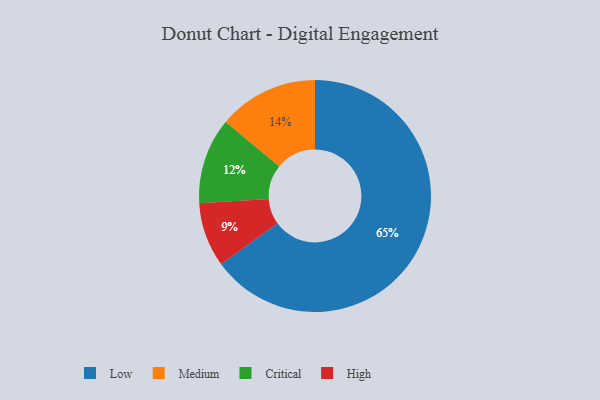
{"axis": {"x": "Category", "y": "Percentage"}, "legend": ["Critical", "High", "Low", "Medium"], "data": [{"x": "Low", "y": 65, "type": "Low"}, {"x": "Medium", "y": 14, "type": "Medium"}, {"x": "Critical", "y": 12, "type": "Critical"}, {"x": "High", "y": 9, "type": "High"}]}